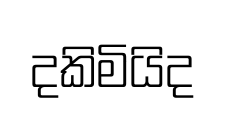
දකිමියිද